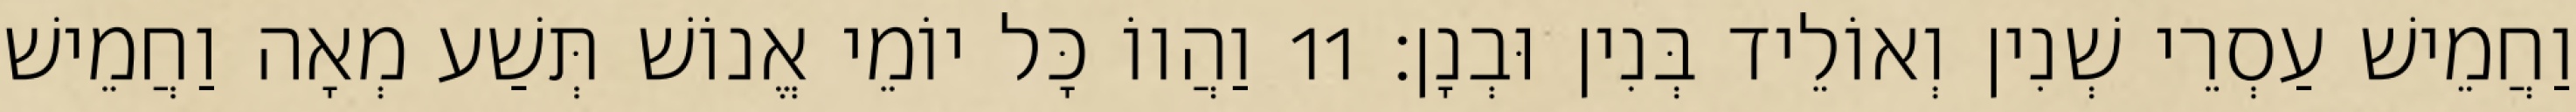
וַחֲמֵישׁ עַסְרֵי שְׁנִין וְאוֹלֵיד בְּנִין וּבְנָן׃ 11 וַהֲווֹ כָּל יוֹמֵי אֱנוֹשׁ תְּשַׁע מְאָה וַחֲמֵישׁ